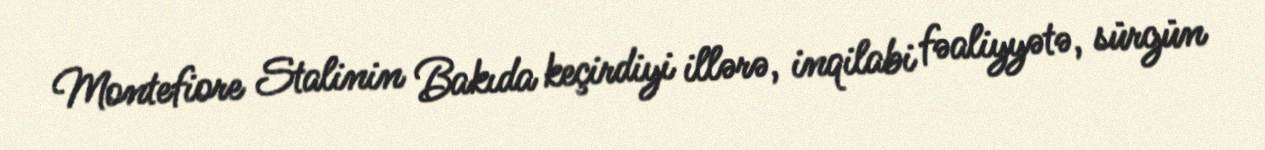
Montefiore Stalinin Bakıda keçirdiyi illərə, inqilabi fəaliyyətə, sürgün